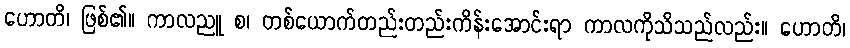
ဟောတိ၊ ဖြစ်၏။ ကာလညူ စ၊ တစ်ယောက်တည်းတည်းကိန်းအောင်းရာ ကာလကိုသိသည်လည်း။ ဟောတိ၊